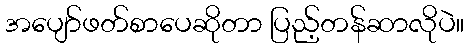
အပျော်ဖတ်စာပေဆိုတာ ပြည့်တန်ဆာလိုပဲ။